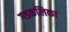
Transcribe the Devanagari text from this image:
गडकलिका